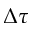
\Delta \tau